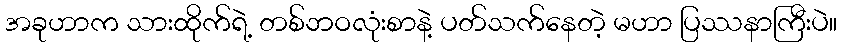
အခုဟာက သားထိုက်ရဲ့ တစ်ဘဝလုံးစာနဲ့ ပတ်သက်နေတဲ့ မဟာ ပြဿနာကြီးပဲ။